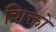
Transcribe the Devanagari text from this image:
शिक्तो